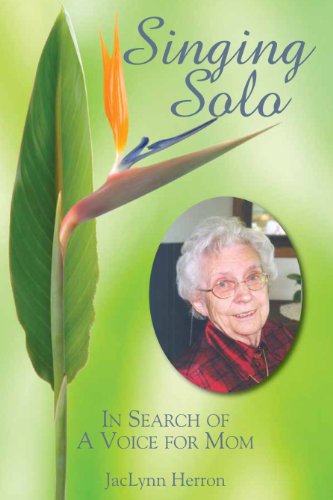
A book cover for Singing Solo: In Search of A Voice for Mom; JacLynn Herron; Health, Fitness & Dieting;